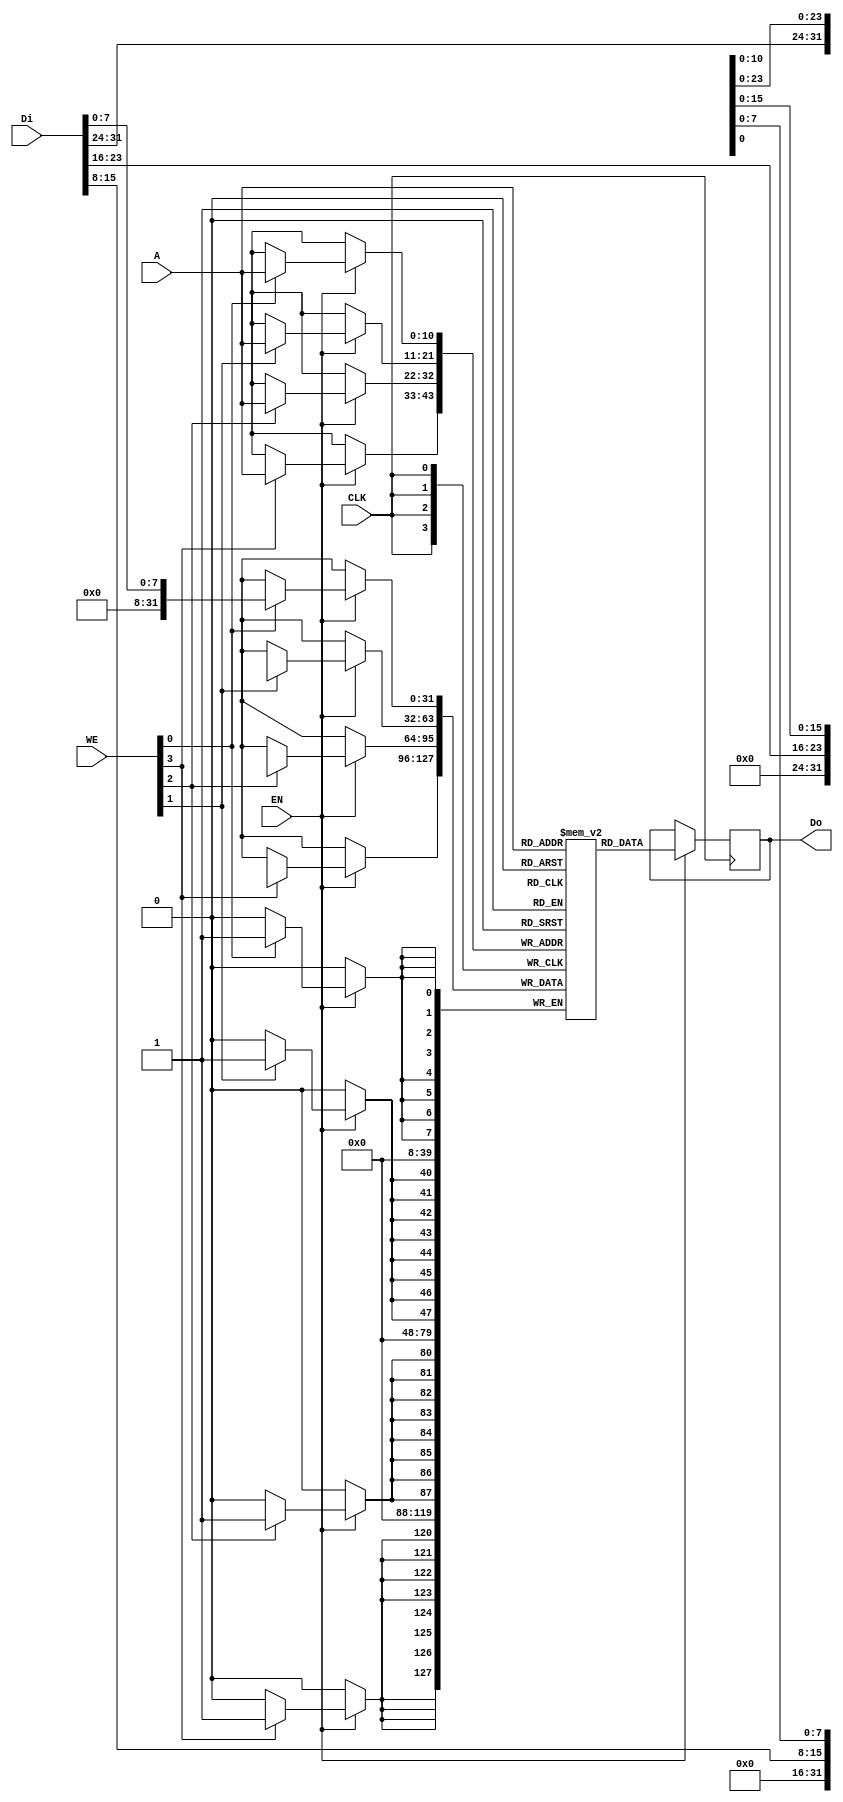
/*
    Copyright 2020-2021 The American University in Cairo and the Cloud V Project.

    This file is part of the DFFRAM Memory Compiler.
    See https://github.com/Cloud-V/DFFRAM for further info.

    Licensed under the Apache License, Version 2.0 (the "License");
    you may not use this file except in compliance with the License.
    You may obtain a copy of the License at

        http://www.apache.org/licenses/LICENSE-2.0

    Unless required by applicable law or agreed to in writing, software
    distributed under the License is distributed on an "AS IS" BASIS,
    WITHOUT WARRANTIES OR CONDITIONS OF ANY KIND, either express or implied.
    See the License for the specific language governing permissions and
    limitations under the License.
*/

// Add 1x2 binary decoder
//`default_nettype none
`define USE_COSTUM
`ifdef USE_COSTUM

module DFFRAM #(parameter  USE_LATCH=1,
                            WSIZE=1 )(
`ifdef USE_POWER_PINS
    input VPWR,
    input VGND,
`endif
    input CLK,
    input [3:0] WE,
    input EN,
    input [31:0] Di,
    output reg [31:0] Do,
    input [10:0] A
);
  

reg [31:0] mem [0:2047];

always @(posedge CLK) begin
    if (EN == 1'b1) begin
        Do <= mem[A];
        if (WE[0]) mem[A][ 7: 0] <= Di[ 7: 0];
        if (WE[1]) mem[A][15: 8] <= Di[15: 8];
        if (WE[2]) mem[A][23:16] <= Di[23:16];
        if (WE[3]) mem[A][31:24] <= Di[31:24];
    end 
end
endmodule

`else

module DEC1x2 (
    input           EN,
    input           A,
    output [1:0]    SEL
);
    sky130_fd_sc_hd__and2b_2 AND0 ( .X(SEL[0]), .A_N(A), .B(EN) );
    sky130_fd_sc_hd__and2_2 AND1 ( .X(SEL[1]), .A(A) , .B(EN) );

endmodule

module DEC2x4 (
    input           EN,
    input   [1:0]   A,
    output  [3:0]   SEL
);
    sky130_fd_sc_hd__nor3b_4    AND0 ( .Y(SEL[0]), .A(A[0]),   .B(A[1]), .C_N(EN) );
    sky130_fd_sc_hd__and3b_4    AND1 ( .X(SEL[1]), .A_N(A[1]), .B(A[0]), .C(EN) );
    sky130_fd_sc_hd__and3b_4    AND2 ( .X(SEL[2]), .A_N(A[0]), .B(A[1]), .C(EN) );
    sky130_fd_sc_hd__and3_4     AND3 ( .X(SEL[3]), .A(A[1]),   .B(A[0]), .C(EN) );
    
endmodule

module DEC3x8 (
    input           EN,
    input [2:0]     A,
    output [7:0]    SEL
);

    wire [2:0]  A_buf;
    wire        EN_buf;

    sky130_fd_sc_hd__clkbuf_2 ABUF[2:0] (.X(A_buf), .A(A));
    sky130_fd_sc_hd__clkbuf_2 ENBUF (.X(EN_buf), .A(EN));
    
    sky130_fd_sc_hd__nor4b_2   AND0 ( .Y(SEL[0])  , .A(A_buf[0]), .B(A_buf[1])  , .C(A_buf[2]), .D_N(EN_buf) ); // 000
    sky130_fd_sc_hd__and4bb_2   AND1 ( .X(SEL[1])  , .A_N(A_buf[2]), .B_N(A_buf[1]), .C(A_buf[0])  , .D(EN_buf) ); // 001
    sky130_fd_sc_hd__and4bb_2   AND2 ( .X(SEL[2])  , .A_N(A_buf[2]), .B_N(A_buf[0]), .C(A_buf[1])  , .D(EN_buf) ); // 010
    sky130_fd_sc_hd__and4b_2    AND3 ( .X(SEL[3])  , .A_N(A_buf[2]), .B(A_buf[1]), .C(A_buf[0])  , .D(EN_buf) );   // 011
    sky130_fd_sc_hd__and4bb_2   AND4 ( .X(SEL[4])  , .A_N(A_buf[0]), .B_N(A_buf[1]), .C(A_buf[2])  , .D(EN_buf) ); // 100
    sky130_fd_sc_hd__and4b_2    AND5 ( .X(SEL[5])  , .A_N(A_buf[1]), .B(A_buf[0]), .C(A_buf[2])  , .D(EN_buf) );   // 101
    sky130_fd_sc_hd__and4b_2    AND6 ( .X(SEL[6])  , .A_N(A_buf[0]), .B(A_buf[1]), .C(A_buf[2])  , .D(EN_buf) );   // 110
    sky130_fd_sc_hd__and4_2     AND7 ( .X(SEL[7])  , .A(A_buf[0]), .B(A_buf[1]), .C(A_buf[2])  , .D(EN_buf) ); // 111
endmodule

module MUX4x1 #(parameter   WIDTH=32)
(
    input   wire [WIDTH-1:0]     A0, A1, A2, A3,
    input   wire [1:0]          S,
    output  wire [WIDTH-1:0]     X
);
    localparam SIZE = WIDTH/8;
    wire [SIZE-1:0] SEL0, SEL1;
    sky130_fd_sc_hd__clkbuf_2 SEL0BUF[SIZE-1:0] (.X(SEL0), .A(S[0]));
    sky130_fd_sc_hd__clkbuf_2 SEL1BUF[SIZE-1:0] (.X(SEL1), .A(S[1]));
    generate
        genvar i;
        for(i=0; i<SIZE; i=i+1) begin : M
            sky130_fd_sc_hd__mux4_1 MUX[7:0] (
                    .A0(A0[(i+1)*8-1:i*8]), 
                    .A1(A1[(i+1)*8-1:i*8]), 
                    .A2(A2[(i+1)*8-1:i*8]), 
                    .A3(A3[(i+1)*8-1:i*8]), 
                    .S0(SEL0[i]), 
                    .S1(SEL1[i]), 
                    .X(X[(i+1)*8-1:i*8]) );        
        end
    endgenerate
endmodule

module MUX2x1 #(parameter   WIDTH=32)
(
    input   wire [WIDTH-1:0]     A0, A1, A2, A3,
    input   wire           S,
    output  wire [WIDTH-1:0]     X
);
    localparam SIZE = WIDTH/8;
    wire [SIZE-1:0] SEL;
    sky130_fd_sc_hd__clkbuf_2 SELBUF[SIZE-1:0] (.X(SEL), .A(S));
    generate
        genvar i;
        for(i=0; i<SIZE; i=i+1) begin : M
            sky130_fd_sc_hd__mux2_1 MUX[7:0] (.A0(A0[(i+1)*8-1:i*8]), .A1(A1[(i+1)*8-1:i*8]), .S(SEL[i]), .X(X[(i+1)*8-1:i*8]) );
        end
    endgenerate
endmodule

module BYTE #(  parameter   USE_LATCH=1)( 
    input   wire        CLK,    // FO: 1
    input   wire        WE,     // FO: 1
    input   wire        SEL,    // FO: 2
    input   wire [7:0]  Di,     // FO: 1
    output  wire [7:0]  Do
);

    wire [7:0]  q_wire;
    wire        we_wire;
    wire        SEL_B;
    wire        GCLK;
    wire        CLK_B;

    generate 
        genvar i;

        if(USE_LATCH == 1) begin
            sky130_fd_sc_hd__inv_1 CLKINV(.Y(CLK_B), .A(CLK));
            sky130_fd_sc_hd__dlclkp_1 CG( .CLK(CLK_B), .GCLK(GCLK), .GATE(we_wire) );
        end else
            sky130_fd_sc_hd__dlclkp_1 CG( .CLK(CLK), .GCLK(GCLK), .GATE(we_wire) );
    
        sky130_fd_sc_hd__inv_1 SELINV(.Y(SEL_B), .A(SEL));
        sky130_fd_sc_hd__and2_1 CGAND( .A(SEL), .B(WE), .X(we_wire) );
    
        for(i=0; i<8; i=i+1) begin : BIT
            if(USE_LATCH == 0)
                sky130_fd_sc_hd__dfxtp_1 FF ( .D(Di[i]), .Q(q_wire[i]), .CLK(GCLK) );
            else 
                sky130_fd_sc_hd__dlxtp_1 LATCH (.Q(q_wire[i]), .D(Di[i]), .GATE(GCLK) );
            sky130_fd_sc_hd__ebufn_2 OBUF ( .A(q_wire[i]), .Z(Do[i]), .TE_B(SEL_B) );
        end
    endgenerate 
  
endmodule

module WORD #( parameter    USE_LATCH=0,
                            WSIZE=1 ) (
    input   wire                CLK,    // FO: 1
    input   wire [WSIZE-1:0]     WE,     // FO: 1
    input   wire                SEL,    // FO: 1
    input   wire [(WSIZE*8-1):0] Di,     // FO: 1
    output  wire [(WSIZE*8-1):0] Do
);

    wire SEL_buf;
    wire CLK_buf;
    sky130_fd_sc_hd__clkbuf_2 SELBUF (.X(SEL_buf), .A(SEL));
    sky130_fd_sc_hd__clkbuf_1 CLKBUF (.X(CLK_buf), .A(CLK));
    generate
        genvar i;
            for(i=0; i<WSIZE; i=i+1) begin : BYTE
                BYTE #(.USE_LATCH(USE_LATCH)) B ( .CLK(CLK_buf), .WE(WE[i]), .SEL(SEL_buf), .Di(Di[(i+1)*8-1:i*8]), .Do(Do[(i+1)*8-1:i*8]) );
            end
    endgenerate
    
endmodule 

module RAM8 #( parameter    USE_LATCH=1,
                            WSIZE=1 ) (
    input   wire                CLK,    // FO: 1
    input   wire [WSIZE-1:0]     WE,     // FO: 1
    input                       EN,     // EN: 1
    input   wire [2:0]          A,      // A: 1
    input   wire [(WSIZE*8-1):0] Di,     // FO: 1
    output  wire [(WSIZE*8-1):0] Do
);

    wire    [7:0]        SEL;
    wire    [WSIZE-1:0]   WE_buf; 
    wire                 CLK_buf;

    DEC3x8 DEC (.EN(EN), .A(A), .SEL(SEL));
    sky130_fd_sc_hd__clkbuf_2 WEBUF[WSIZE-1:0] (.X(WE_buf), .A(WE));
    sky130_fd_sc_hd__clkbuf_2 CLKBUF (.X(CLK_buf), .A(CLK));

    generate
        genvar i;
        for (i=0; i< 8; i=i+1) begin : WORD
            WORD #(.USE_LATCH(USE_LATCH), .WSIZE(WSIZE)) W ( .CLK(CLK_buf), .WE(WE_buf), .SEL(SEL[i]), .Di(Di), .Do(Do) );
        end
    endgenerate

endmodule

// 4 x RAM8 slices (128 bytes) with registered outout 
module RAM32 #( parameter   USE_LATCH=1,
                            WSIZE=1 ) 
(
    input   wire                CLK,    // FO: 1
    input   wire [WSIZE-1:0]     WE,     // FO: 1
    input                       EN,     // FO: 1
    input   wire [4:0]          A,      // FO: 1
    input   wire [(WSIZE*8-1):0] Di,     // FO: 1
    output  wire [(WSIZE*8-1):0] Do
    
);
    wire [3:0]          SEL;
    wire [4:0]          A_buf;
    wire                CLK_buf;
    wire [WSIZE-1:0]     WE_buf;
    wire                EN_buf;

    wire [(WSIZE*8-1):0] Do_pre;
    wire [(WSIZE*8-1):0] Di_buf;

    // Buffers
    // Di Buffers
    sky130_fd_sc_hd__clkbuf_16  DIBUF[(WSIZE*8-1):0] (.X(Di_buf), .A(Di));
    // Control signals buffers
    sky130_fd_sc_hd__clkbuf_2   CLKBUF              (.X(CLK_buf), .A(CLK));
    sky130_fd_sc_hd__clkbuf_2   WEBUF[(WSIZE-1):0]   (.X(WE_buf), .A(WE));
    sky130_fd_sc_hd__clkbuf_2   ABUF[4:0]           (.X(A_buf), .A(A[4:0]));
    sky130_fd_sc_hd__clkbuf_2   ENBUF               (.X(EN_buf), .A(EN));

    DEC2x4 DEC (.EN(EN_buf), .A(A_buf[4:3]), .SEL(SEL));

    generate
        genvar i;
        for (i=0; i< 4; i=i+1) begin : SLICE
            RAM8 #(.USE_LATCH(USE_LATCH), .WSIZE(WSIZE)) RAM8 (.CLK(CLK_buf), .WE(WE_buf),.EN(SEL[i]), .Di(Di_buf), .Do(Do_pre), .A(A_buf[2:0]) ); 
        end
    endgenerate

    // Ensure that the Do_pre lines are not floating when EN = 0
    wire [WSIZE-1:0] lo;
    wire [WSIZE-1:0] float_buf_en;
    sky130_fd_sc_hd__clkbuf_2   FBUFENBUF[WSIZE-1:0] ( .X(float_buf_en), .A(EN) );
    sky130_fd_sc_hd__conb_1     TIE[WSIZE-1:0] (.LO(lo), .HI());

    // Following split by group because each is done by one TIE CELL and ONE CLKINV_4
    // Provides default values for floating lines (lo)
    generate
        for (i=0; i< WSIZE; i=i+1) begin : BYTE
            sky130_fd_sc_hd__ebufn_2 FLOATBUF[(8*(i+1))-1:8*i] ( .A( lo[i] ), .Z(Do_pre[(8*(i+1))-1:8*i]), .TE_B(float_buf_en[i]) );        
        end
    endgenerate
    
    sky130_fd_sc_hd__dfxtp_1 Do_FF[WSIZE*8-1:0] ( .D(Do_pre), .Q(Do), .CLK(CLK) );

endmodule

/*
    4 x RAM32 Blocks
*/

module RAM128 #(parameter   USE_LATCH=1,
                            WSIZE=1 ) 
(
    input   wire                CLK,    // FO: 1
    input   wire [WSIZE-1:0]     WE,     // FO: 1
    input                       EN,     // FO: 1
    input   wire [6:0]          A,      // FO: 1
    input   wire [(WSIZE*8-1):0] Di,     // FO: 1
    output  wire [(WSIZE*8-1):0] Do
);

    wire                        CLK_buf;
    wire [WSIZE-1:0]            WE_buf;
    wire                        EN_buf;
    wire [6:0]                  A_buf;
    wire [(WSIZE*8-1):0]        Di_buf;
    wire [3:0]                  SEL;
    wire [(WSIZE*8-1):0]        Do_pre[3:0]; 
                            
    // Buffers
    sky130_fd_sc_hd__clkbuf_16  DIBUF[(WSIZE*8-1):0] (.X(Di_buf),  .A(Di));
    sky130_fd_sc_hd__clkbuf_4   CLKBUF              (.X(CLK_buf), .A(CLK));
    sky130_fd_sc_hd__clkbuf_2   WEBUF[WSIZE-1:0]     (.X(WE_buf),  .A(WE));
    sky130_fd_sc_hd__clkbuf_2   ENBUF               (.X(EN_buf),  .A(EN));
    sky130_fd_sc_hd__clkbuf_2   ABUF[6:0]           (.X(A_buf),   .A(A));

    DEC2x4 DEC (.EN(EN_buf), .A(A_buf[6:5]), .SEL(SEL));

     generate
        genvar i;
        for (i=0; i< 4; i=i+1) begin : BLOCK
            RAM32 #(.USE_LATCH(USE_LATCH), .WSIZE(WSIZE)) RAM32 (.CLK(CLK_buf), .EN(SEL[i]), .WE(WE_buf), .Di(Di_buf), .Do(Do_pre[i]), .A(A_buf[4:0]) );        
        end
     endgenerate

    // Output MUX    
    MUX4x1 #(.WIDTH(WSIZE*8)) DoMUX ( .A0(Do_pre[0]), .A1(Do_pre[1]), .A2(Do_pre[2]), .A3(Do_pre[3]), .S(A_buf[6:5]), .X(Do) );

endmodule

module RAM256 #(parameter   USE_LATCH=1,
                            WSIZE=1 ) 
(
    input   wire                    CLK,    // FO: 2
    input   wire [WSIZE-1:0]        WE,     // FO: 2
    input                           EN,     // FO: 2
    input   wire [7:0]              A,      // FO: 5
    input   wire [(WSIZE*8-1):0]    Di,     // FO: 2
    output  wire [(WSIZE*8-1):0]    Do

);

    wire [1:0]              SEL;
    wire [(WSIZE*8-1):0]    Do_pre[1:0]; 

    // 1x2 DEC
    DEC1x2 DEC (.EN(EN), .A(A[7]), .SEL(SEL));

    generate
        genvar i;
        for (i=0; i< 2; i=i+1) begin : BLOCK
            RAM128 #(.USE_LATCH(USE_LATCH), .WSIZE(WSIZE)) RAM128 (.CLK(CLK), .EN(SEL[i]), .WE(WE), .Di(Di), .Do(Do_pre[i]), .A(A[6:0]) );        
        end
     endgenerate

    // Output MUX    
    MUX2x1 #(.WIDTH(WSIZE*8)) DoMUX ( .A0(Do_pre[0]), .A1(Do_pre[1]), .S(A[7]), .X(Do) );

endmodule

module RAM512 #(parameter   USE_LATCH=1,
                            WSIZE=1 ) 
(
    input   wire                    CLK,    // FO: 4
    input   wire [WSIZE-1:0]        WE,     // FO: 4
    input                           EN,     // FO: 4
    input   wire [8:0]              A,      // FO: 5
    input   wire [(WSIZE*8-1):0]    Di,     // FO: 4
    output  wire [(WSIZE*8-1):0]    Do 
);

    wire [3:0]              SEL;
    wire [(WSIZE*8-1):0]    Do_pre[3:0]; 

    DEC2x4 DEC (.EN(EN), .A(A[8:7]), .SEL(SEL));

    generate
        genvar i;
        for (i=0; i< 4; i=i+1) begin : BLOCK
            RAM128 #(.USE_LATCH(USE_LATCH), .WSIZE(WSIZE)) RAM128 (.CLK(CLK), .EN(SEL[i]), .WE(WE), .Di(Di), .Do(Do_pre[i]), .A(A[6:0]) );        
        end
     endgenerate

    // Output MUX    
    MUX4x1 #(.WIDTH(WSIZE*8)) DoMUX ( .A0(Do_pre[0]), .A1(Do_pre[1]), .A2(Do_pre[2]), .A3(Do_pre[3]), .S(A[8:7]), .X(Do) );

endmodule


module DFFRAM #(parameter  USE_LATCH=1,
                            WSIZE=1 ) 
(
    input   wire                    CLK,    // FO: 1
    input   wire [WSIZE-1:0]        WE,     // FO: 1
    input                           EN,     // FO: 1
    input   wire [9:0]              A,      // FO: 1
    input   wire [(WSIZE*8-1):0]    Di,     // FO: 1
    output  wire [(WSIZE*8-1):0]    Do  
);

    wire                    CLK_buf;
    wire [WSIZE-1:0]        WE_buf;
    wire                    EN_buf;
    wire [9:0]              A_buf;
    wire [(WSIZE*8-1):0]    Di_buf;
    wire [1:0]              SEL;
    wire [(WSIZE*8-1):0]    Do_pre[1:0]; 
                            
    // Buffers
    sky130_fd_sc_hd__clkbuf_16  DIBUF[(WSIZE*8-1):0] (.X(Di_buf),  .A(Di));
    sky130_fd_sc_hd__clkbuf_4   CLKBUF              (.X(CLK_buf), .A(CLK));
    sky130_fd_sc_hd__clkbuf_2   WEBUF[WSIZE-1:0]     (.X(WE_buf),  .A(WE));
    sky130_fd_sc_hd__clkbuf_2   ENBUF               (.X(EN_buf),  .A(EN));
    sky130_fd_sc_hd__clkbuf_2   ABUF[9:0]           (.X(A_buf),   .A(A));

    // 1x2 DEC
    DEC1x2 DEC (.EN(EN_buf), .A(A[9]), .SEL(SEL));

     generate
        genvar i;
        for (i=0; i< 2; i=i+1) begin : BLOCK
            RAM512 #(.USE_LATCH(USE_LATCH), .WSIZE(WSIZE)) RAM32 (.CLK(CLK_buf), .EN(SEL[i]), .WE(WE_buf), .Di(Di_buf), .Do(Do_pre[i]), .A(A_buf[8:0]) );        
        end
     endgenerate

    // Output MUX    
    MUX2x1 #(.WIDTH(WSIZE*8)) DoMUX ( .A0(Do_pre[0]), .A1(Do_pre[1]), .S(A_buf[9]), .X(Do) );
    

endmodule

`endif